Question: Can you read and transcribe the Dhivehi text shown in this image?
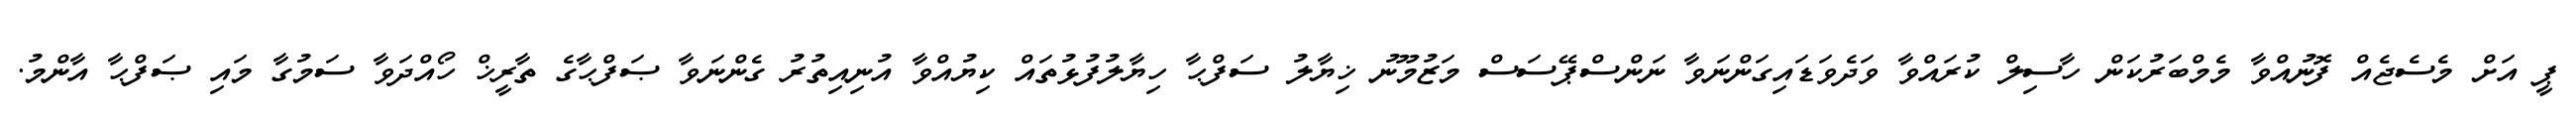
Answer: ޕީ އަށް މެސެޖެއް ފޮނުއްވާ މެމްބަރުކަން ހާސިލް ކުރައްވާ ވަދެވަޑައިގަންނަވާ ނަންސްޕޭސަސް މަޒުމޫނު ޚިޔާލު ސަފްޙާ ހިޔާލުފުޅުތައް ކިޔުއްވާ އުނިއިތުރު ގެންނަވާ ޞަފްޙާގެ ތާރީޚް ހޯއްދަވާ ސަމުގާ މައި ޞަފްޙާ އާންމު.